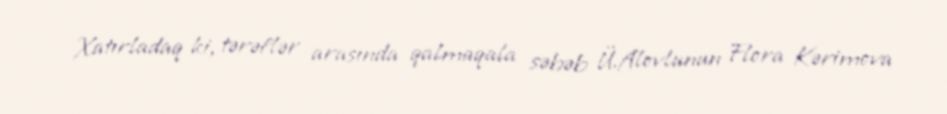
Xatırladaq ki, tərəflər arasında qalmaqala səbəb Ü.Alovlunun Flora Kərimova